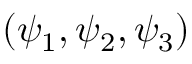
( \psi _ { 1 } , \psi _ { 2 } , \psi _ { 3 } )